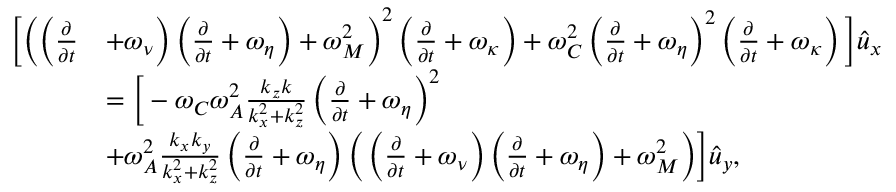
\begin{array} { r l } { \bigg [ \bigg ( \bigg ( \frac { \partial } { \partial { t } } } & { + \omega _ { \nu } \bigg ) \left( \frac { \partial } { \partial { t } } + \omega _ { \eta } \right) + \omega _ { M } ^ { 2 } \bigg ) ^ { 2 } \left( \frac { \partial } { \partial { t } } + \omega _ { \kappa } \right) + \omega _ { C } ^ { 2 } \left( \frac { \partial } { \partial { t } } + \omega _ { \eta } \right) ^ { 2 } \left( \frac { \partial } { \partial { t } } + \omega _ { \kappa } \right) \bigg ] \hat { u } _ { x } } \\ & { = \bigg [ - \omega _ { C } \omega _ { A } ^ { 2 } \frac { k _ { z } k } { k _ { x } ^ { 2 } + k _ { z } ^ { 2 } } \left( \frac { \partial } { \partial { t } } + \omega _ { \eta } \right) ^ { 2 } } \\ & { + \omega _ { A } ^ { 2 } \frac { k _ { x } k _ { y } } { k _ { x } ^ { 2 } + k _ { z } ^ { 2 } } \left( \frac { \partial } { \partial { t } } + \omega _ { \eta } \right) \bigg ( \left( \frac { \partial } { \partial { t } } + \omega _ { \nu } \right) \left( \frac { \partial } { \partial { t } } + \omega _ { \eta } \right) + \omega _ { M } ^ { 2 } \bigg ) \bigg ] \hat { u } _ { y } , } \end{array}